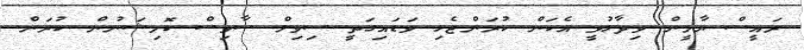
ރައީސް ޔާމީން ވިދާޅުވީ އެކަން ކުރަންޖެހި ވަޑައިގަތީ ސިވިލް ސާވިސް ކޮމިޝަނުން ކުރަން